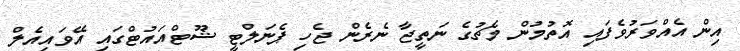
އިން އެއްވަރުވެފައި އޮތުމުން މެޗުގެ ނަތީޖާ ނެރެން ޖެހި ޕެނަލްޓީ ޝޫޓްއައުޓްގައި އޭވައިއެލް